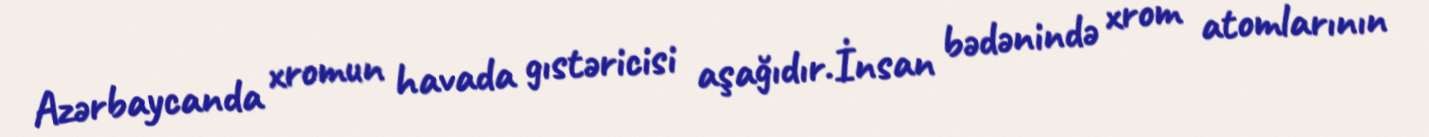
Azərbaycanda xromun havada gıstəricisi aşağıdır.İnsan bədənində xrom atomlarının